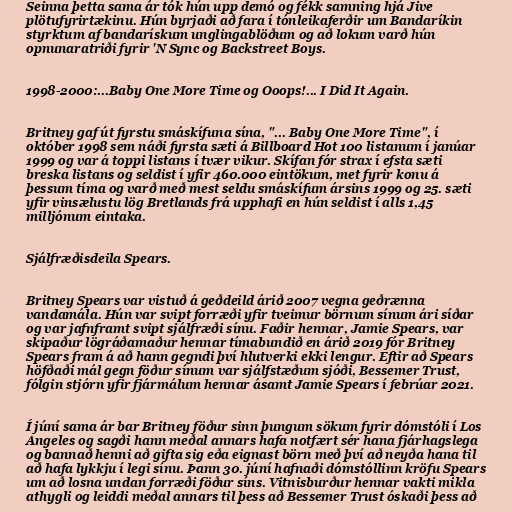
Seinna þetta sama ár tók hún upp demó og fékk samning hjá Jive
plötufyrirtækinu. Hún byrjaði að fara í tónleikaferðir um Bandaríkin
styrktum af bandarískum unglingablöðum og að lokum varð hún
opnunaratriði fyrir 'N Sync og Backstreet Boys.

1998-2000:...Baby One More Time og Ooops!... I Did It Again.

Britney gaf út fyrstu smáskífuna sína, "... Baby One More Time", í
október 1998 sem náði fyrsta sæti á Billboard Hot 100 listanum í janúar
1999 og var á toppi listans í tvær vikur. Skífan fór strax í efsta sæti
breska listans og seldist í yfir 460.000 eintökum, met fyrir konu á
þessum tíma og varð með mest seldu smáskífum ársins 1999 og 25. sæti
yfir vinsælustu lög Bretlands frá upphafi en hún seldist í alls 1,45
milljónum eintaka.

Sjálfræðisdeila Spears.

Britney Spears var vistuð á geðdeild árið 2007 vegna geðrænna
vandamála. Hún var svipt forræði yfir tveimur börnum sínum ári síðar
og var jafnframt svipt sjálfræði sínu. Faðir hennar, Jamie Spears, var
skipaður lögráðamaður hennar tímabundið en árið 2019 fór Britney
Spears fram á að hann gegndi því hlutverki ekki lengur. Eftir að Spears
höfðaði mál gegn föður sínum var sjálfstæðum sjóði, Bessemer Trust,
fólgin stjórn yfir fjármálum hennar ásamt Jamie Spears í febrúar 2021.

Í júní sama ár bar Britney föður sinn þungum sökum fyrir dómstóli í Los
Angeles og sagði hann meðal annars hafa notfært sér hana fjárhagslega
og bannað henni að gifta sig eða eignast börn með því að neyða hana til
að hafa lykkju í legi sínu. Þann 30. júní hafnaði dómstóllinn kröfu Spears
um að losna undan forræði föður síns. Vitnisburður hennar vakti mikla
athygli og leiddi meðal annars til þess að Bessemer Trust óskaði þess að